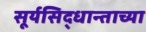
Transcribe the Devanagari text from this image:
सूर्यसिद्धान्ताच्या